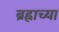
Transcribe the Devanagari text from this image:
ब्रह्राच्या